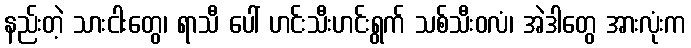
နည်းတဲ့ သားငါးတွေ၊ ရာသီ ပေါ် ဟင်းသီးဟင်းရွက် သစ်သီးဝလံ၊ အဲဒါတွေ အားလုံးက